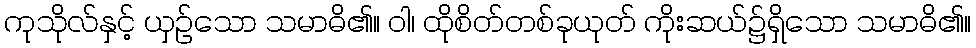
ကုသိုလ်နှင့် ယှဉ်သော သမာဓိ၏။ ဝါ၊ ထိုစိတ်တစ်ခုယုတ် ကိုးဆယ်၌ရှိသော သမာဓိ၏။